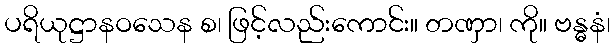
ပရိယုဋ္ဌာနဝသေန စ၊ ဖြင့်လည်းကောင်း။ တဏှာ၊ ကို။ ဗန္ဓနံ၊